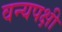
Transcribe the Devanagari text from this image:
वन्यपक्षी